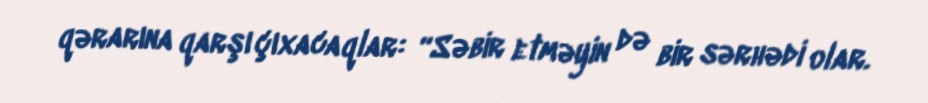
qərarına qarşı çıxacaqlar: “Səbir etməyin də bir sərhədi olar.